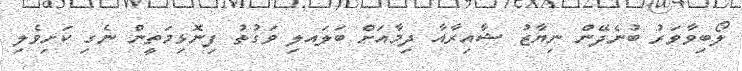
ލޯބިވާވަރު ބުނެދޭން ނިޔާޒު ޝާއިރާއާ ދިމާއަށް ބަލައލި ވަގުތު ފިނޮޅިމަތީން ނެގި ކަށިވެލި